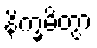
နိက္ခမိတွာ